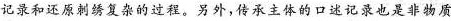
记录和还原刺绣复杂的过程。另外，传承主体的口述记录也是非物质